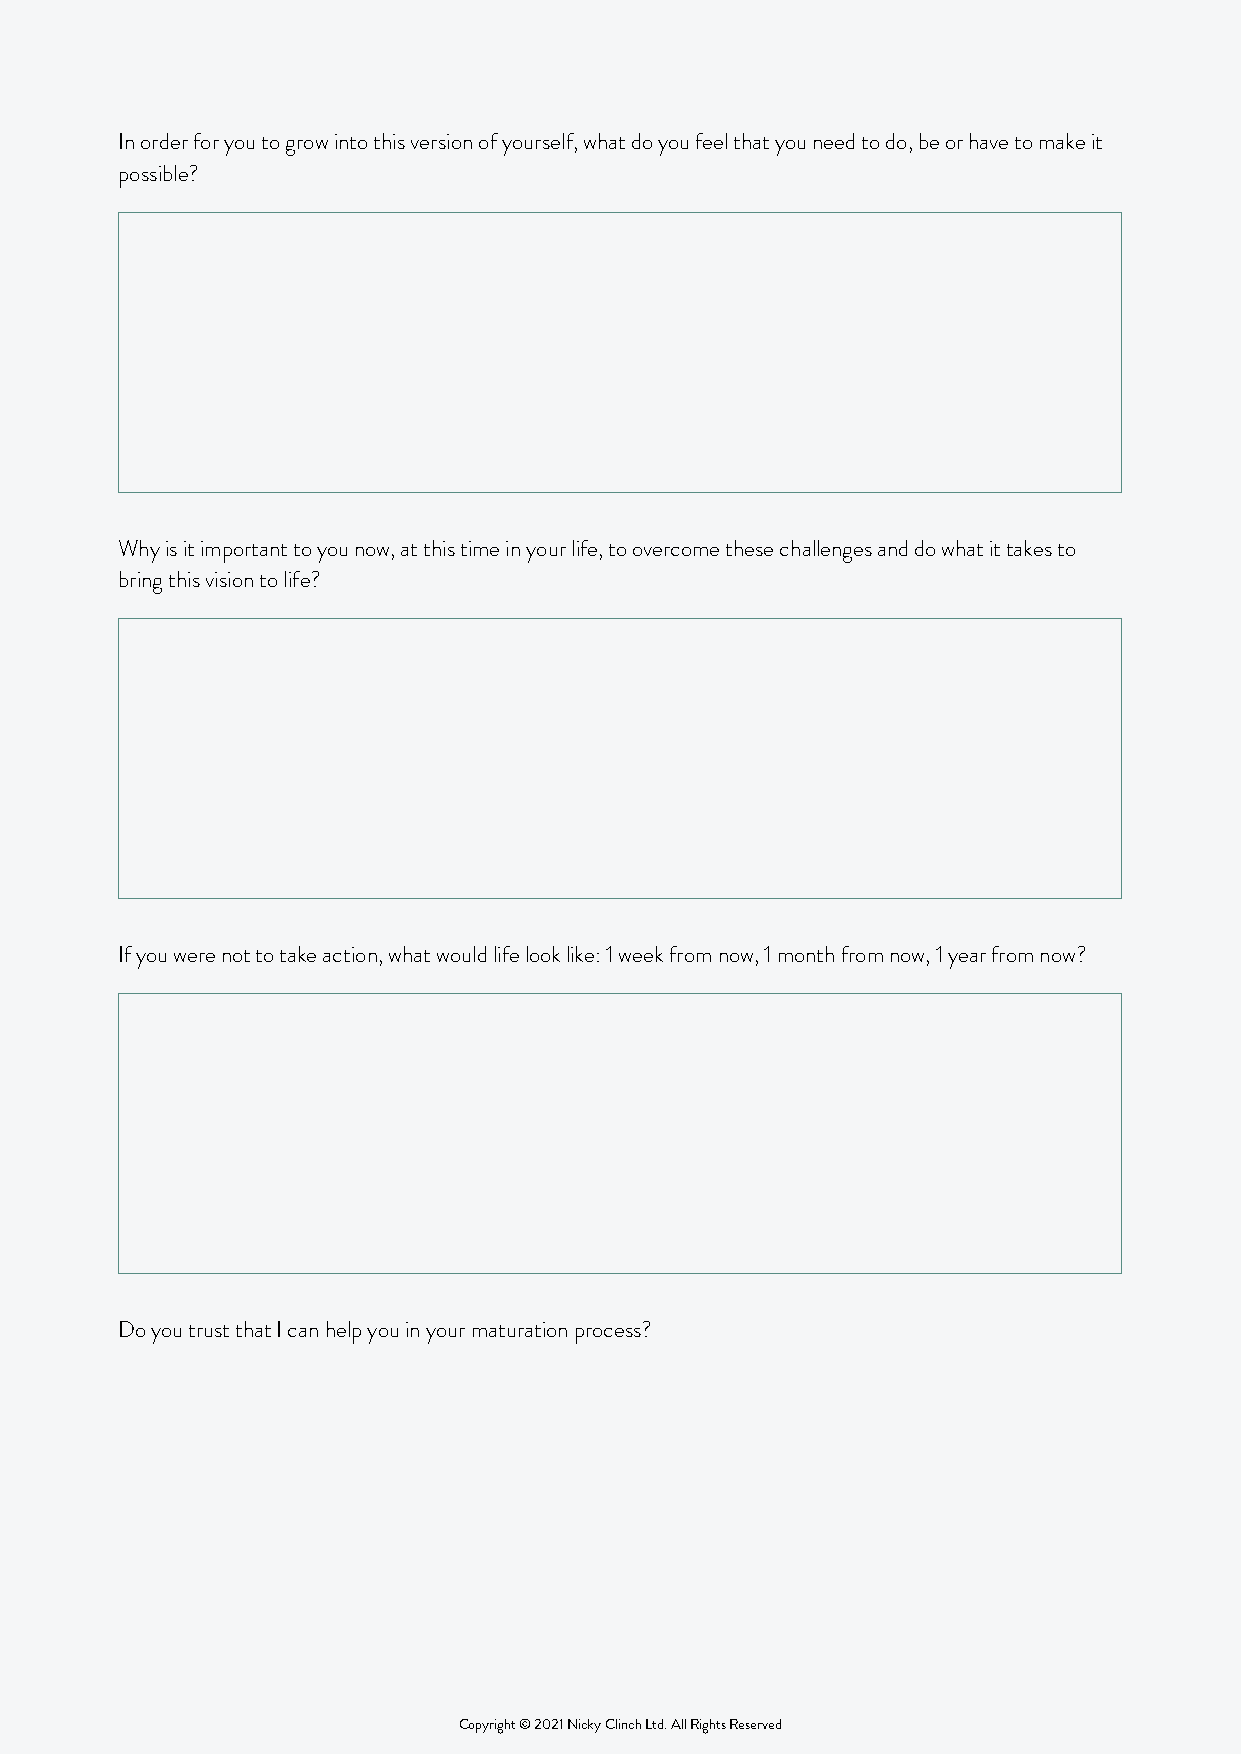
In order for you to grow into this version of yourself, what do you feel that you need to do, be or have to make it
 possible?
 Why is it important to you now, at this time in your life, to overcome these challenges and do what it takes to
 bring this vision to life?
 If you were not to take action, what would life look like: 1 week from now, 1 month from now, 1 year from now?
 Do you trust that I can help you in your maturation process?
 Copyright © 2021 Nicky Clinch Ltd. All Rights Reserved